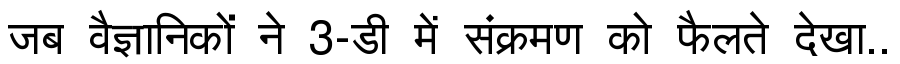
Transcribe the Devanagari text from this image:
जब वैज्ञानिकों ने 3-डी में संक्रमण को फैलते देखा..